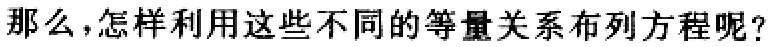
那么，怎样利用这些不同的等量关系布列方程呢？